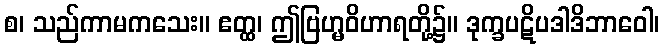
စ၊ သည်ကာမကသေး။ ဧတ္ထ၊ ဤဗြဟ္မဝိဟာရတို့၌။ ဒုက္ခပဋိပဒါဒိဘာဝေါ၊